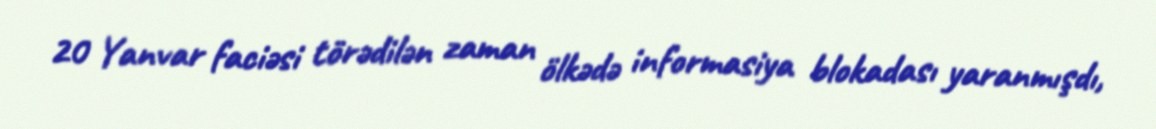
20 Yanvar faciəsi törədilən zaman ölkədə informasiya blokadası yaranmışdı,